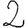
Digit: 2